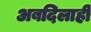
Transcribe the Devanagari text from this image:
अबदिलाही